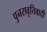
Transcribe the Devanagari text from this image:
पुनरावृत्तिवादी